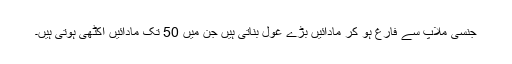
جنسی ملاپ سے فارغ ہو کر مادائیں بڑے غول بناتی ہیں جن میں 50 تک مادائیں اکٹھی ہوتی ہیں۔